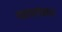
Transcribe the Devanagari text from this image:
पवारांचाच